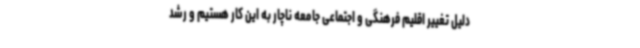
دلیل تغییر اقلیم فرهنگی و اجتماعی جامعه ناچار به این کار هستیم و رشد